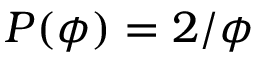
P ( \phi ) = 2 / \phi